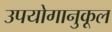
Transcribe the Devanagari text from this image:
उपयोगानुकूल